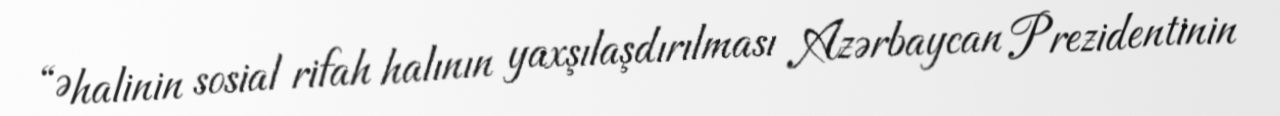
“Əhalinin sosial rifah halının yaxşılaşdırılması Azərbaycan Prezidentinin